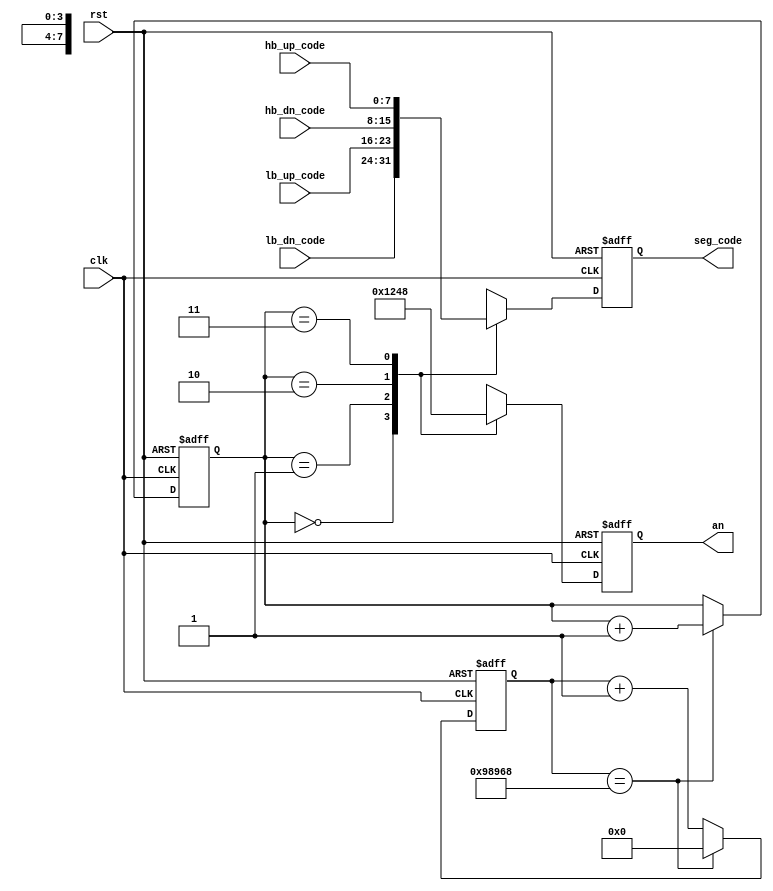
`timescale 1ns / 1ps

module seg7_scan(
    input clk,
    input rst,
    input [7:0]hb_dn_code, // high byte
    input [7:0]hb_up_code,
    input [7:0]lb_dn_code, // low byte
    input [7:0]lb_up_code,
    output reg[3:0]an,
    output reg[7:0]seg_code
    );
    
    parameter AN0 = 4'b0001, AN1 = 4'b0010, AN2 = 4'b0100, AN3 = 4'b1000;
    parameter FRE_CNT = 20'd625000;
    
    reg [19:0]cnt_fre;
    reg [1:0]pos;
    
    always @ ( posedge clk or posedge rst )
    begin
        if( rst )
        begin
            pos <= 2'd0;
            cnt_fre <= 20'd0;
        end
        else if( cnt_fre == FRE_CNT )
        begin
            pos <= pos + 1'b1;
            cnt_fre <= 20'd0;
        end
        else cnt_fre <= cnt_fre + 1'b1;
    end
                
    always @( posedge clk or posedge rst )
        if( rst )
        begin
            an <= 4'hf;
            seg_code <= 8'hff;
        end
        else
            case( pos )
                2'd0:
                begin
                    an <= AN0;
                    seg_code <= lb_dn_code;
                end
                2'd1:
                begin
                    an <= AN1;
                    seg_code <= lb_up_code;
                end
                2'd2:
                begin
                    an <= AN2;
                    seg_code <= hb_dn_code;
                end
                2'd3:
                begin
                    an <= AN3;
                    seg_code <= hb_up_code;
                end
            endcase
endmodule